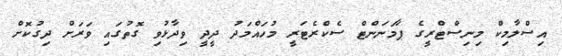
އިސްލާމިކް މިނިސްޓްރީގެ ޕާމަނަންޓް ސެކްރެޓަރީ މުހައްމަދު ދީދީ ވިދާޅުވި ގޮތުގައި ވަރަށް ދިގުކޮށް